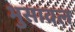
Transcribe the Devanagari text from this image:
भुुसावल